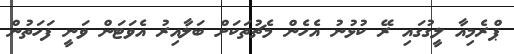
ޕްރެމިއާ ލީގުގައި ރޭ ކުޅުނު އެހެން މެޗުތަކަށް ބަލާއިރު އެވަޓަން ވަނީ ފަހަތުން